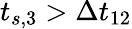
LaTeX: t_{s,3}>\Delta t_{12}